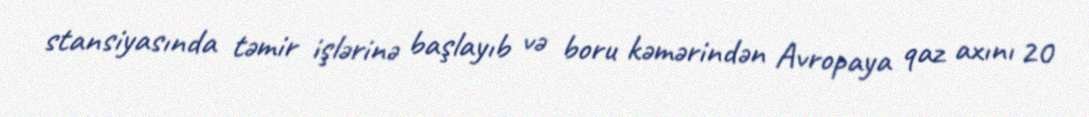
stansiyasında təmir işlərinə başlayıb və boru kəmərindən Avropaya qaz axını 20